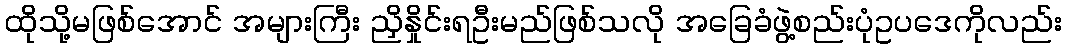
ထိုသို့မဖြစ်အောင် အများကြီး ညှိနှိုင်းရဦးမည်ဖြစ်သလို အခြေခံဖွဲ့စည်းပုံဥပဒေကိုလည်း